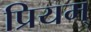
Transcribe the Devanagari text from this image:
प्रियम्‌